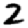
Digit: 2